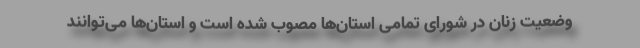
وضعیت زنان در شورای تمامی استان‌ها مصوب شده است و استان‌ها می‌توانند